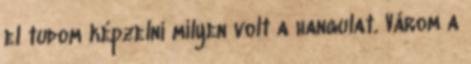
el tudom képzelni milyen volt a hangulat. Várom a